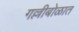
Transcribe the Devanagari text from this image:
गल्लीबोळात